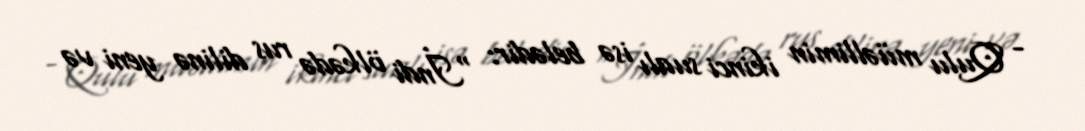
- Qulu müəllimin ikinci sualı isə belədir: “İndi ölkədə rus dilinə yeni və